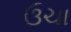
ઉચા